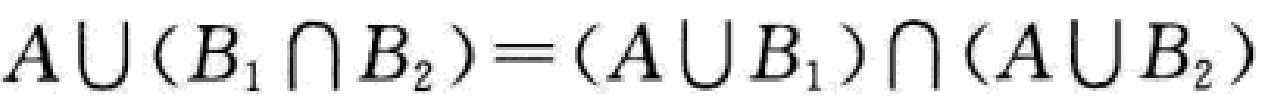
$A\cup(B_1\cap B_2)=(A\cup B_1)\cap(A\cup B_2)$